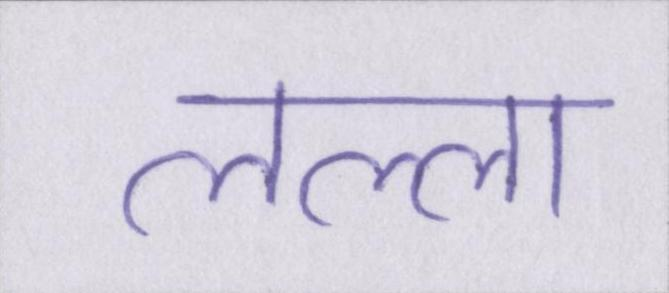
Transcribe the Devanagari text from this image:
लल्ला